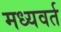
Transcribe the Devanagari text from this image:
मध्यवर्त